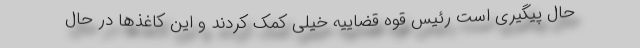
حال پیگیری است رئیس قوه قضاییه خیلی کمک کردند و این کاغذها در حال